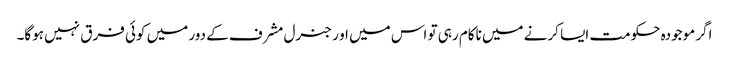
اگر موجودہ حکومت ایسا کرنے میں ناکام رہی تو اس میں او ر جنرل مشرف کے دور میں کوئی فرق نہیں ہوگا۔